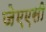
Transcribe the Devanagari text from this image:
जेएएसी